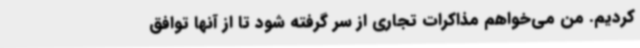
کردیم. من می‌خواهم مذاکرات تجاری از سر گرفته شود تا از آنها توافق